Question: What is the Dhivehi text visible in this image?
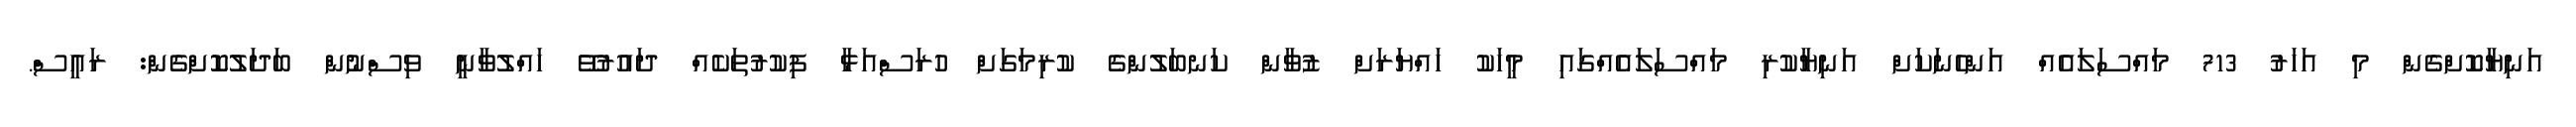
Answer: އަނިޔާކޮށްގެން މި އަހަރު 713 މައްސަލައެއް އަންހެނަކަށް އަނިޔާކުރި މައްސަލައެއްގައި މީހަކު ހައްޔަރަށް ޒުވާން ކަނބަލުންގެ ކުރިމަގަށް ހުރަސްއަޅާ ފިކުރުތަކެއް ދައުރުވޭ ހައްލުވާނީ ވިސްނުން ބަދަލުކޮށްގެން: ރައީސް.